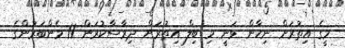
މީގެ އިތުރަށް ނިހާން ވަނީ މި ބިލް އިތުރަށް ދިރާސާކުރަން 11 މެންބަރުންގެ